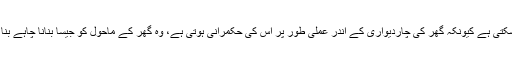
اور یہ کام عورت ہی زیادہ بہتر طور پر کر سکتی ہے کیونکہ گھر کی چاردیواری کے اندر عملی طور پر اس کی حکمرانی ہوتی ہے، وہ گھر کے ماحول کو جیسا بنانا چاہے بنا سکتی ہے اس لیے یہ اسی کی ذمہ داری ہے۔